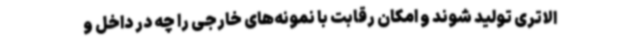
الاتری تولید شوند و امکان رقابت با نمونه‌های خارجی را چه در داخل و